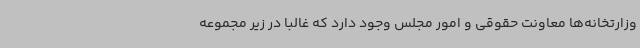
وزارتخانه‌ها معاونت حقوقی و امور مجلس وجود دارد که غالبا در زیر مجموعه